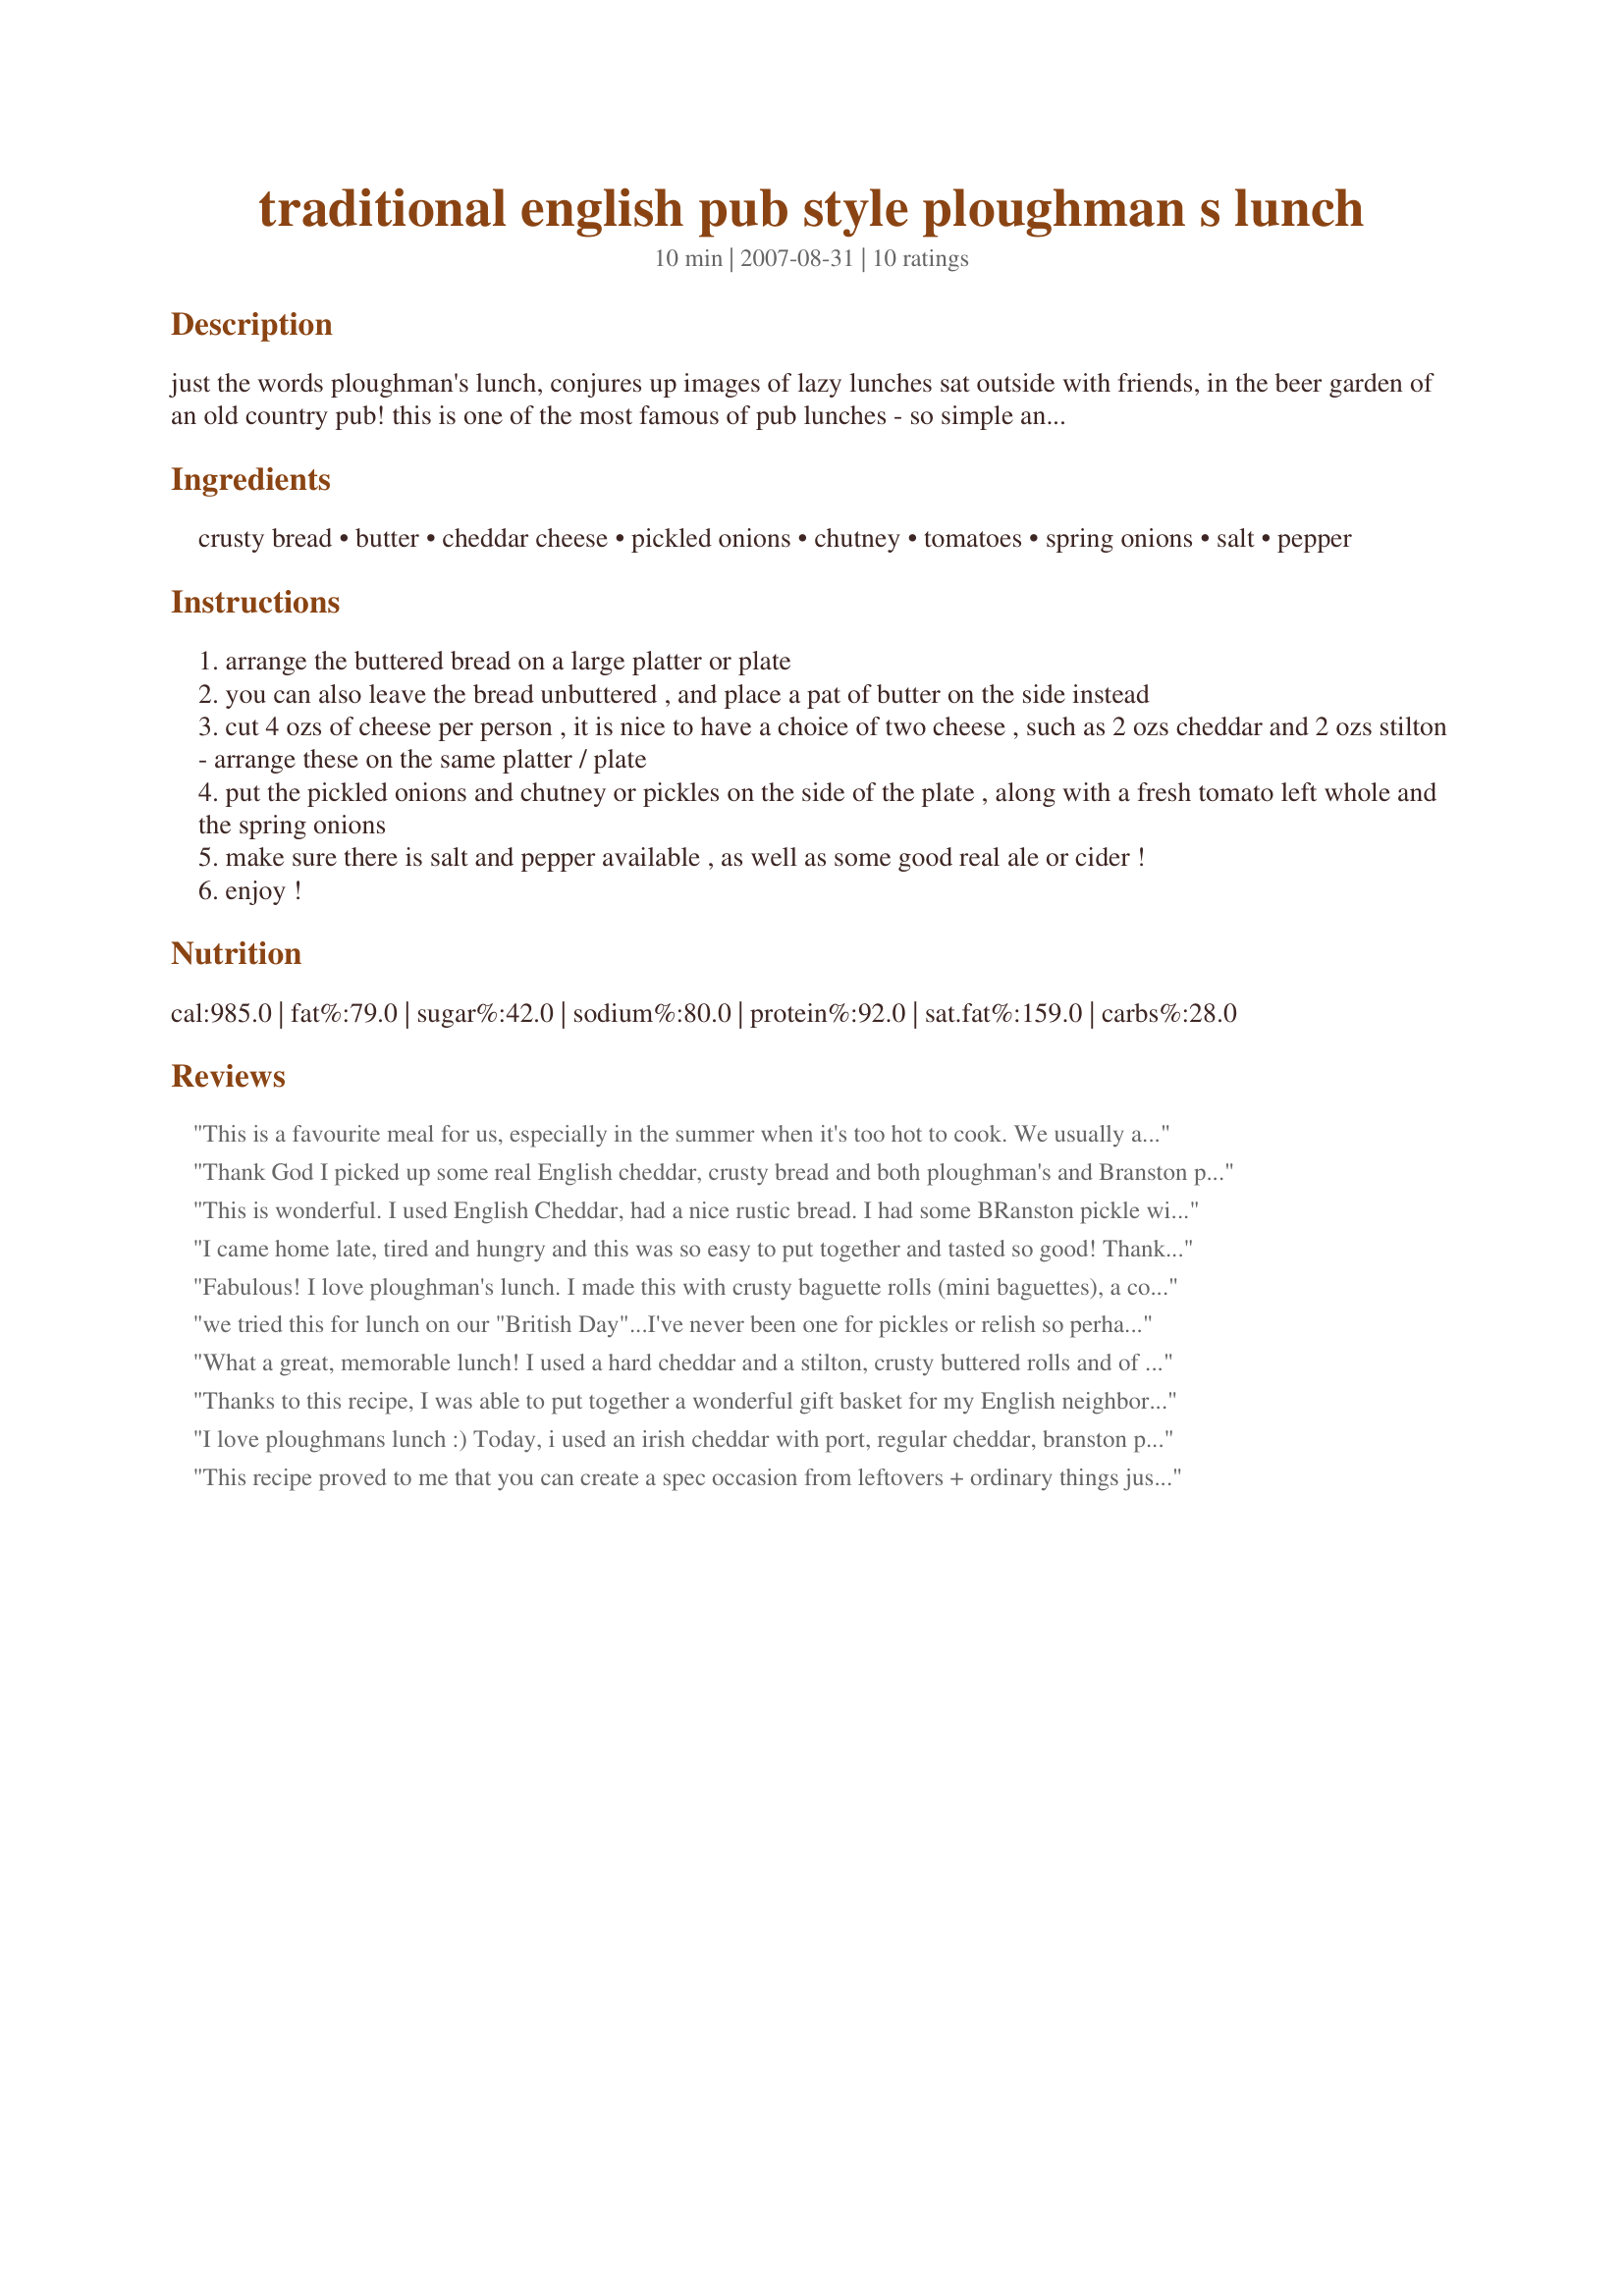
traditional english pub style ploughman s lunch
Preparation time: 10 minutes

just the words ploughman's lunch, conjures up images of lazy lunches sat outside with friends, in the beer garden of an old country pub! this is one of the most famous of pub lunches - so simple and yet so satisfying, especially if taken with a pint of real ale or cider! although the term "ploughman’s lunch" was first coined in the 1930’s, as part of a very successful marketing campaign, the concept behind it goes back much further. throughout the centuries, agricultural workers would take their lunch out to the fields with them; this usually consisted of bread and cheese with ale or cider - a perfect combination! it's easy to prepare and should consist of at least the following: crusty bread and butter; a selection of english cheeses; pickled onions; chutney and pickles. this also makes excellent picnic food, and is easy to pack and transport. i have two pickle recipes on recipezaar that would be wonderful with this lunch: recipe #246663 and recipe #246675.

Ingredients:
crusty bread, butter, cheddar cheese, pickled onions, chutney, tomatoes, spring onions, salt, pepper

Steps:
arrange the buttered bread on a large platter or plate
you can also leave the bread unbuttered , and place a pat of butter on the side instead
cut 4 ozs of cheese per person , it is nice to have a choice of two cheese , such as 2 ozs cheddar and 2 ozs stilton - arrange these on the same platter / plate
put the pickled onions and chutney or pickles on the side of the plate , along with a fresh tomato left whole and the spring onions
make sure there is salt and pepper available , as well as some good real ale or cider !
enjoy !

Reviews:
This is a favourite meal for us, especially in the summer when it's too hot to cook. We usually add some sliced deli meat...leftover cold meatloaf sliced thinly is great. Sliced garden cucumbers are a usual addition. What really makes this special is a good chutney or pickle, preferably homemade. I used swiss and smoked gouda cheese, my own dills, pickled shallots and red pepper condiment, and forgot the spring onions. Oops. Thanks, FT. Our summer lunches will be Ploughman's Lunches from now on.
Thank God I picked up some real English cheddar, crusty bread and both ploughman's and Branston pickle today!! You have reminded me that simple and basic tastes are the best. I love English pickles and have been accused by my friends of being a total Anglophile.
T.J.
This is wonderful. I used English Cheddar, had a nice rustic bread. I had some BRanston pickle with it as well. The only thing I did differently was to sub the tomatoes with some English cucumber slices. A glass of cider along side and it was the perfect English lunch. Also please make sure you ise REAL butter not margarine. Sometimes a bit of butter lettuce with some Heinz Salad cream is a nice addition as well.
I came home late, tired and hungry and this was so easy to put together and tasted so good! Thank you Karen!
Fabulous! I love ploughman's lunch. I made this with crusty baguette rolls (mini baguettes), a couple of locally-produced cheeses (Appel's gouda and Beecher's flagship), pickled onions, sweet gherkins, garlic & dill gherkins, plus recipe #245742 and recipe #322018 and PG Tips tea (chamomile tea with milk for DS). We all loved it--it was a wonderful light summer supper. Thanks so much for sharing, FT! Made for Everyday is a Holiday tag game.
we tried this for lunch on our "British Day"...I've never been one for pickles or relish so perhaps Branston pickle wasn't for me. Still, it was nice to try an English tradition!
What a great, memorable lunch! I used a hard cheddar and a stilton, crusty buttered rolls and of course lots of branston pickle, I also threw in some sausage for my husband. I put it all on a large wooden serving board and served cider along with it, it looked terrific and tasted even better. This brought back memories of my Grandpa, having lunch by the lake, thanks so much :)
Thanks to this recipe, I was able to put together a wonderful gift basket for my English neighbors-they were thrilled! I was so lucky to find many authentic English items at a specialty store! Thank you for sharing, French Tart!
I love ploughmans lunch :) Today, i used an irish cheddar with port, regular cheddar, branston pickle, brie and duck pate with cognac and madeira. I forgot the veggies lol.
This recipe proved to me that you can create a spec occasion from leftovers + ordinary things just *hangin out* in your fridge & pantry. I blended your recipe w/a collage of favourites to create a lovely dinner for 2. The collage included Recipe #176535 (for me), Recipe #253609, Recipe #53508 & Recipe #254529. Lacking crusty bread (sorry), I replaced it toasted bread rounds brushed w/herb & garlic olive oil + crackers. I used Gouda & Stilton cheese + smoked trout, pears, oranges, tomato, pickles & mango chutney. I served it on a wooden turntable that was twirling as we indulged ourselves! I would not dare neglect DH & his enduring passion for red wine, so I added a cabernet sauvignon from Chile. Voila! If the any of those ploughmen really ate like this, I am surprised that anything got done in the fields! Thx for sharing this recipe w/us. I had *way too much fun* in my kitchen today. :-)
